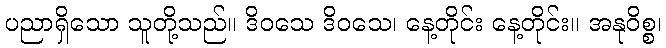
ပညာရှိသော သူတို့သည်။ ဒိဝသေ ဒိဝသေ၊ နေ့တိုင်း နေ့တိုင်း။ အနုဝိစ္စ၊